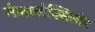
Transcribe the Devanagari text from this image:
मेलानोक्सिलोन